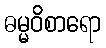
ဓမ္မဝိစာရော